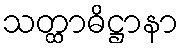
သတ္ထာဓိဋ္ဌာနာ